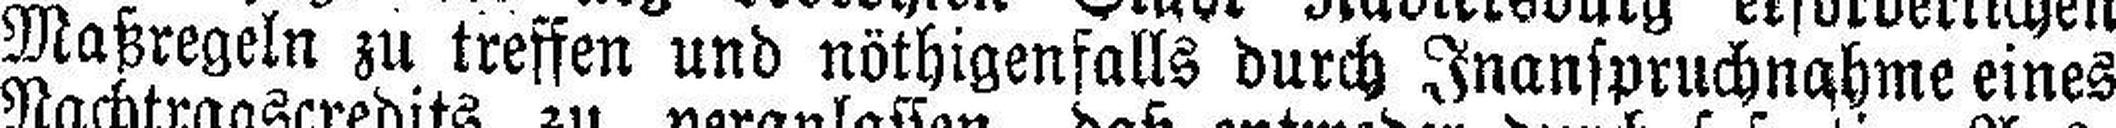
Maßregeln zu treffen und nöthigenfalls durch Inanspruchnahme eines